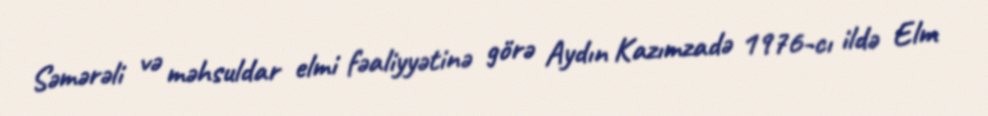
Səmərəli və məhsuldar elmi fəaliyyətinə görə Aydın Kazımzadə 1976-cı ildə Elm